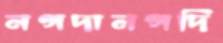
নগদানগদি